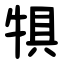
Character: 犋